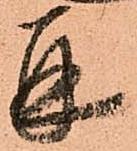
并